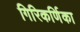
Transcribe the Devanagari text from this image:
गिरिकर्णिका